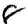
Digit: 8